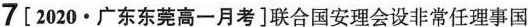
7[2020·广东东莞高一月考]联合国安理会设非常任理事国